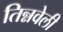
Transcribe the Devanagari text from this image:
तिन्नवेली